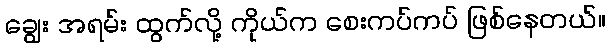
ချွေး အရမ်း ထွက်လို့ ကိုယ်က စေးကပ်ကပ် ဖြစ်နေတယ်။